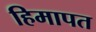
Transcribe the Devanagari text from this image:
हिमापत